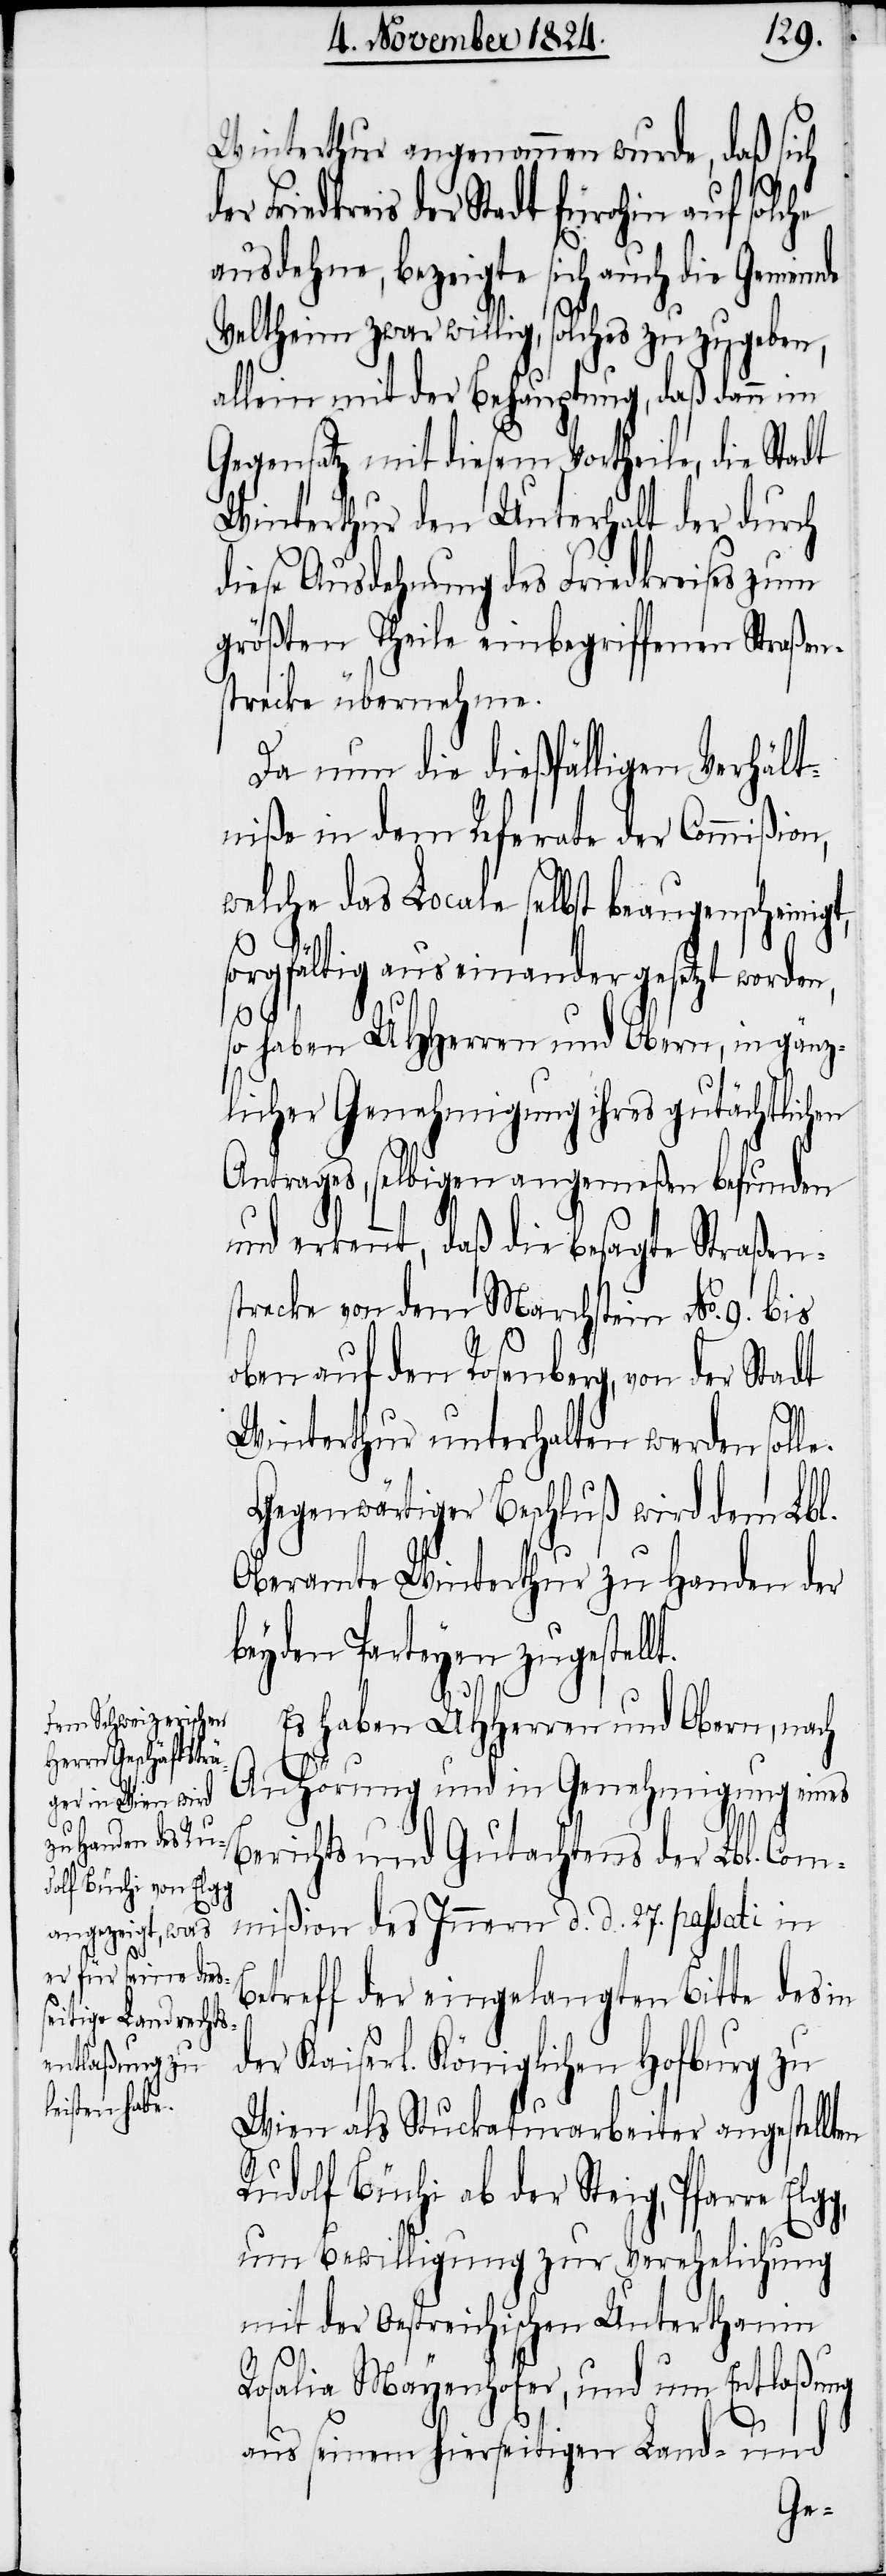
Winterthur angenommen wurde, daß sich
Friedkreis der Stadt fürohin auf solche
ausdehne, bezeigte sich auch die Gemeinde
Veltheim zwar willig, solches zuzugeben,
allein mit der Behauptung, daß dann im
Gegensatz mit diesem Vortheile, die Stadt
Winterthur den Unterhalt der durch
diese Ausdehnung des Friedkreises zum
größten Theile einbegriffenen Straßen¬
strecke übernehme.
Da nun die dießfälligen Verhält¬
niße in dem Referate der Commißion,
welche das Locale selbst beaugenscheini¬
sorgfältig aus einander gesetzt worde¬
so haben UHHerren und Obern, in gänz¬
licher Genehmigung ihres gutächtlichen
Antrages, selbigen angemeßen befunden
und erkennt, daß die besagte Straßen¬
strecke von dem Marchstein No. 9. bis
oben auf den Rosenberg von der Stadt
Winterthur unterhalten werden solle.
Gegenwärtiger Beschluß wird dem Lbl.
Oberamte Winterthur zu Handen der
beyden Parteyen zugestell¬
t.
Es haben UHHerren und Obern, nach
Anhörung und in Genehmigung eines
Berichts und Gutachtens der Lbl. Com¬
mißion des Innern d. d. 27. passati in
Betreff der eingelangten Bitte des in
der Kaiserl. Königlichen Hofburg zu
Wien als Stuckaturarbeiter angestellten
Rudolf Büchi ab der Steig, Pfarre
um Bewilligung zur Verehelichung
mit der Oestreichischen Unterthanin
Rosalia Mayenhofer, und um Entlaßung
aus seinem hierseitigen Land- und
n,